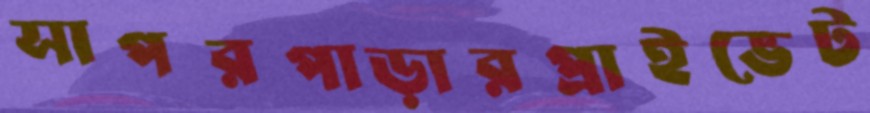
সাপরপাড়ারপ্রাইভেট